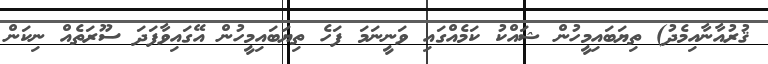
ޤުރުއާނާއިމެދު) ތިޔަބައިމީހުން ޝައްކު ކަމެއްގައި ވަނީނަމަ ފަހެ ތިޔަބައިމީހުން އޭގައިވާފަދަ ސޫރަތެއް ނިކަން